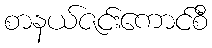
စာနယ်ဇင်းကောင်စီ